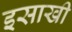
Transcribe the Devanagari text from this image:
इसाखी